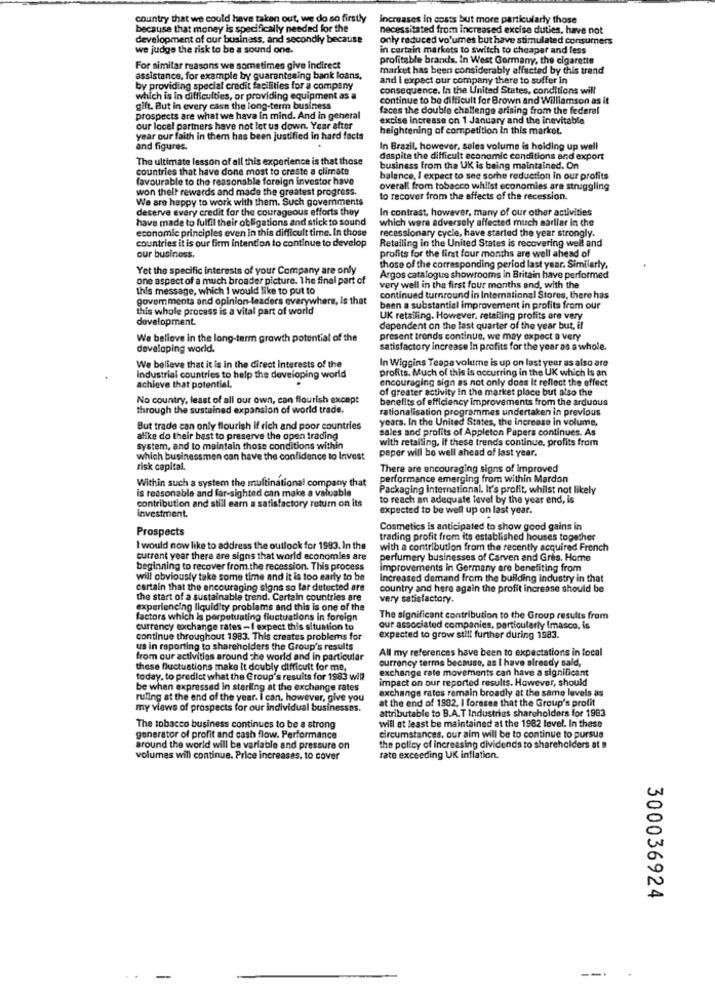
country that we could have taken out, we do so firstly
increases in costs but more particularly those
because that money is specifically needed for the
necessitated from Increased excise duties, have not
development of our business, and secondly because
only reduced volumes but have stimulated consumers
we judge the risk to be a sound one.
in cartain markets to switch to cheaper and less
profitable brands. In West Germany, the cigarette
For similar reasons we sometimes give indirect
market has been considerably affected by this trand
assistance, for example by quarantening bank loans,
and I expect our company there to suffer in
by providing special credit facilities for a company
consequence. In the United States, conditions will
which is in difficulties, or providing equipment as a
continue to be difficult for Brown and Williamson as it
gift. But in every case the long-term business
faces the double challenge arising from the federal
prospects are what we hava in mind. And in general
excise increase on 1 January and the inevitable
our local partners have not let us down. Year after
heightening of competition in this market.
year our faith in them has been justified in hard facts
and figures.
In Brazil, however, sales volume is holding up well
The ultimate lesson of all this experience is that those
despite the difficult economic conditions and export
countries that have done most to create a climate
business from the UK is being maintained. On
favourable to the reasonable foreign investor have
balance, I expect to see some reduction in our profits
won thell rewards and made the greatest progress.
overall from tobacco whilst economies are struggling
We are happy to work with them. Such governments
to recover from the effects of the recession.
deserve every credit for the courageous efforts they
In contrast, however, many of our other activities
have made to fulfil their obligations and stick to sound
which were adversely affected much sarllar in che
economic principles even in this difficult time. In those
countries it is our firm intention to continue to develop
recessionary cycle, have started the year strongly.
Retailing in the United States is recovering well and
profits for the first four months are well ahead of
our business.
Yet the specific interests of your Company are only
those of the corresponding period last year. Similarly,
one aspect of a much broader picture. The final part of
Argos catalogue showrooms in Britain have performed
this message, which I would like to put to
very well in the first four months and, with the
govem ments and opinion-leaders everywhere, Is that
continued turnround in International Stores, there has
this whole process is a vital part of world
been a substantial improvement in profits from our
development.
UK retailing. However, retailing profits are very
dependent on the last quarter of the year but, if
We believe in the long-term growth potential of the
present trends continue, we may expect a very
developing world.
satisfactory increase In profits for the year as a whole.
In Wiggins Teape volume is up on last year as also are
We believe that it is in the direct interests of the
profits. Much of this is occurring in the UK which is an
industrial countries to help the developing world
encouraging sign as not only does It reflect the effect
achieve that potential.
of greater activity in the market place but also the
No country, least of all our own, can flourish except
benefits of efficiency improvements from the arduous
through the sustained expansion of world trade,
rationalisation programmes undertaken in previous
years. In the United States, the Increase in volume,
But trade can only flourish if rich and poor countries
sales and profits of Appleton Papers continues. As
alike do their best to preserve the open trading
with retailing. If these trends continue, profits from
system, and to maintain those conditions within
peper will be well ahead of last year.
which businessmen can have the confidence to Invest
risk capital.
There are encouraging signs of improved
Within such a system the multinational company that
performance emerging from within Mardon
is reasonable and far-sighted can make a valuable
Packaging International. It's profit, whilst not likely
contribution and still earn a satisfactory return on its
to reach an adequate level by the year end, is
expected to be well up on last year.
investment.
Prospects
Cosmetics is anticipated to show good gains in
trading profit from its established houses together
I would now like to address the outlook for 1993. In the
with a contribution from the recently acquired French
current year there are signs that world economles are
perfumery businesses of Carven and Gres. Home
beginning to recover from the recession. This process
Improvements in Germany are benefiting from
will obviously take some time and it is too early to be
Increased demand from the building industry in that
cartain that the encouraging signs so far dutected are
country and here again the profit increase should be
the start of a sustainable trend. Certain countries are
very satisfactory.
experiencing liquidity problems and this is one of the
factors which is perpetuating fluctuations in foreign
The significant contribution to the Group results from
currency exchange rates -I expect this situation to
our associated companies, particularly (masco, is
continue throughout 1983. This creates problems for
expected to grow still further during 1983.
us in reporting to shareholders the Group's results
All my references have been to expectations in local
from our activities around The world and in particular
currency terms because, as I have already said,
these fluctuations make it doubly difficult for me,
exchange rate movements can have a significant
today. to predict what the Group's results for 1983 will
impact on our reported results. However, should
be when expressed in sterling at the exchange rates
exchange rates remain broadly at the same levels as
ruling at the end of the year. I can, however, give you
at the end of 1982. I foresee that the Group's profit
my views of prospects for our individual businessos.
attributable to B.A.T Industries shareholders for 1983
The tobacco business continues to be a strong
will at least be maintained at the 1982 level. In these
generator of profit and cash flow. Performance
circumstances, our aim will be to continue to pursue
around the world will be variable and pressure on
the policy of increasing dividends to shareholders at a
volumes will continue. Price increases, to cover
rate exceeding UK inflation.
300036924
--. .